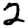
Digit: 2